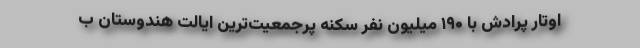
اوتار پرادش با ۱۹۰ میلیون نفر سکنه پرجمعیّت‌ترین ایالت هندوستان ب